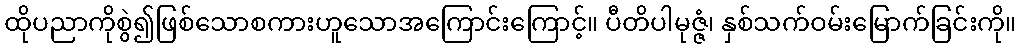
ထိုပညာကိုစွဲ၍ဖြစ်သောစကားဟူသောအကြောင်းကြောင့်။ ပီတိပါမုဇ္ဇံ၊ နှစ်သက်ဝမ်းမြောက်ခြင်းကို။